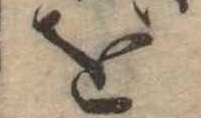
を